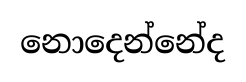
නොදෙන්නේද